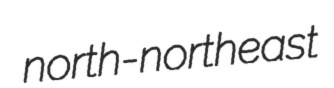
north-northeast